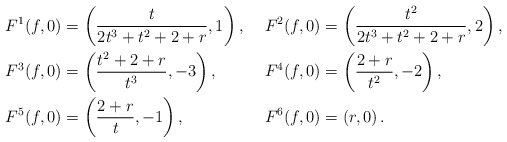
\begin{align*}F^1(f,0) &= \left( \frac{t}{2t^3 + t^2 + 2 + r}, 1 \right), &F^2(f,0) &= \left( \frac{t^2}{2t^3 + t^2 + 2 + r}, 2 \right), \\F^3(f,0) &= \left( \frac{t^2 + 2 + r}{t^3}, -3 \right), &F^4(f,0) &= \left( \frac{2 + r}{t^2}, -2 \right), \\F^5(f,0) &= \left( \frac{2 + r}{t}, -1 \right), &F^6(f,0) &= \left( r, 0 \right).\end{align*}